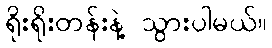
ရိုးရိုးတန်းနဲ့ သွားပါမယ်။